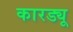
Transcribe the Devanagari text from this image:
कारड्यू